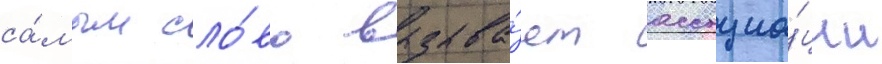
са́мым сло́во вызыва́ет ассоциа́ции